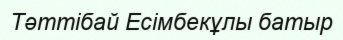
Тәттібай Есімбекұлы батыр